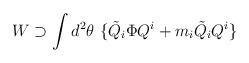
LaTeX: \begin{align*}W \supset \int d^2 \theta \ \{ {\tilde{Q}}_i \Phi Q^i + m_i{\tilde{Q}}_i Q^i \}\end{align*}